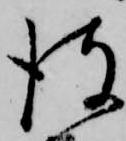
彼